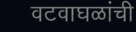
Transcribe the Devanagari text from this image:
वटवाघळांची